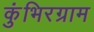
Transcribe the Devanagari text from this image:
कुंभिरग्राम